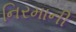
નિરમાની